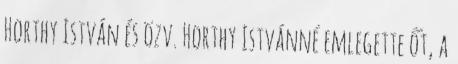
Horthy István és özv. Horthy Istvánné emlegette őt, a